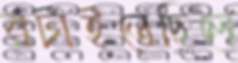
রটাইতেছিলে